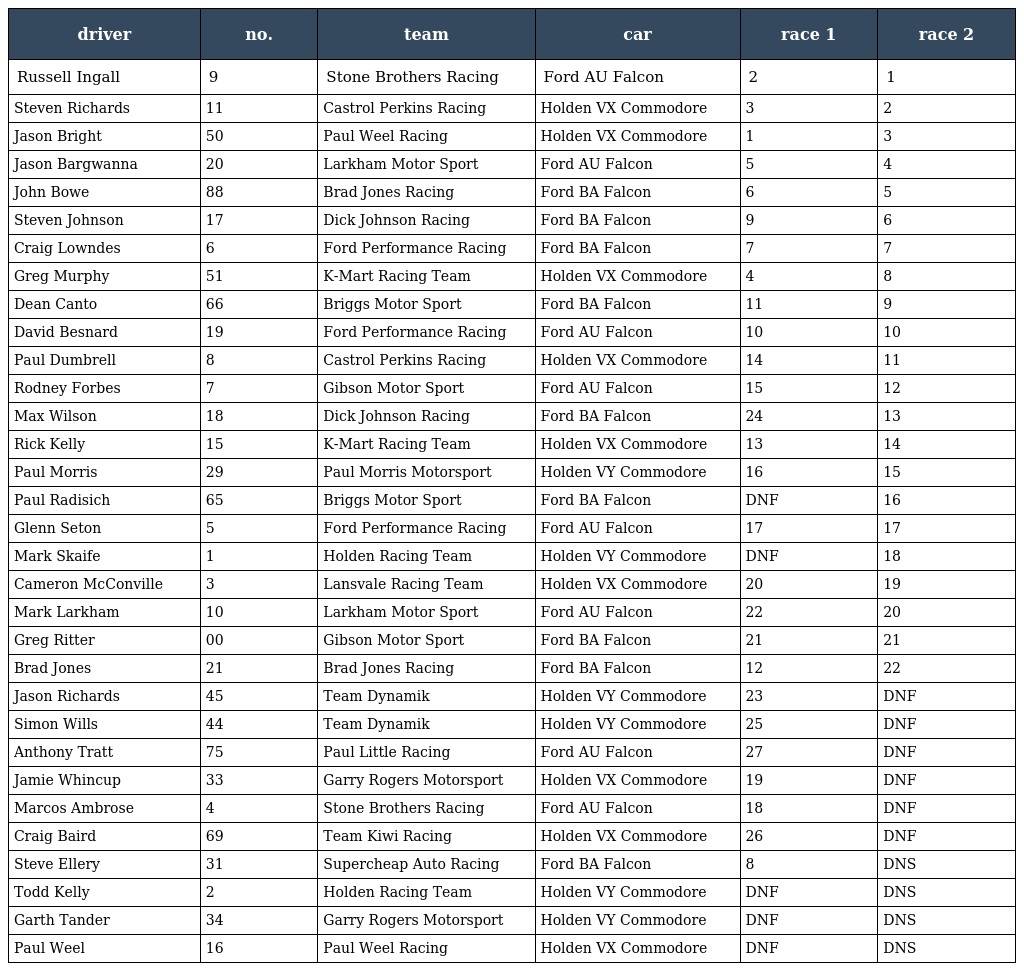
| driver | no. | team | car | race 1 | race 2 |
 | --- | --- | --- | --- | --- | --- |
 | Russell Ingall | 9 | Stone Brothers Racing | Ford AU Falcon | 2 | 1 |
 | Steven Richards | 11 | Castrol Perkins Racing | Holden VX Commodore | 3 | 2 |
 | Jason Bright | 50 | Paul Weel Racing | Holden VX Commodore | 1 | 3 |
 | Jason Bargwanna | 20 | Larkham Motor Sport | Ford AU Falcon | 5 | 4 |
 | John Bowe | 88 | Brad Jones Racing | Ford BA Falcon | 6 | 5 |
 | Steven Johnson | 17 | Dick Johnson Racing | Ford BA Falcon | 9 | 6 |
 | Craig Lowndes | 6 | Ford Performance Racing | Ford BA Falcon | 7 | 7 |
 | Greg Murphy | 51 | K-Mart Racing Team | Holden VX Commodore | 4 | 8 |
 | Dean Canto | 66 | Briggs Motor Sport | Ford BA Falcon | 11 | 9 |
 | David Besnard | 19 | Ford Performance Racing | Ford AU Falcon | 10 | 10 |
 | Paul Dumbrell | 8 | Castrol Perkins Racing | Holden VX Commodore | 14 | 11 |
 | Rodney Forbes | 7 | Gibson Motor Sport | Ford AU Falcon | 15 | 12 |
 | Max Wilson | 18 | Dick Johnson Racing | Ford BA Falcon | 24 | 13 |
 | Rick Kelly | 15 | K-Mart Racing Team | Holden VX Commodore | 13 | 14 |
 | Paul Morris | 29 | Paul Morris Motorsport | Holden VY Commodore | 16 | 15 |
 | Paul Radisich | 65 | Briggs Motor Sport | Ford BA Falcon | DNF | 16 |
 | Glenn Seton | 5 | Ford Performance Racing | Ford AU Falcon | 17 | 17 |
 | Mark Skaife | 1 | Holden Racing Team | Holden VY Commodore | DNF | 18 |
 | Cameron McConville | 3 | Lansvale Racing Team | Holden VX Commodore | 20 | 19 |
 | Mark Larkham | 10 | Larkham Motor Sport | Ford AU Falcon | 22 | 20 |
 | Greg Ritter | 00 | Gibson Motor Sport | Ford BA Falcon | 21 | 21 |
 | Brad Jones | 21 | Brad Jones Racing | Ford BA Falcon | 12 | 22 |
 | Jason Richards | 45 | Team Dynamik | Holden VY Commodore | 23 | DNF |
 | Simon Wills | 44 | Team Dynamik | Holden VY Commodore | 25 | DNF |
 | Anthony Tratt | 75 | Paul Little Racing | Ford AU Falcon | 27 | DNF |
 | Jamie Whincup | 33 | Garry Rogers Motorsport | Holden VX Commodore | 19 | DNF |
 | Marcos Ambrose | 4 | Stone Brothers Racing | Ford AU Falcon | 18 | DNF |
 | Craig Baird | 69 | Team Kiwi Racing | Holden VX Commodore | 26 | DNF |
 | Steve Ellery | 31 | Supercheap Auto Racing | Ford BA Falcon | 8 | DNS |
 | Todd Kelly | 2 | Holden Racing Team | Holden VY Commodore | DNF | DNS |
 | Garth Tander | 34 | Garry Rogers Motorsport | Holden VY Commodore | DNF | DNS |
 | Paul Weel | 16 | Paul Weel Racing | Holden VX Commodore | DNF | DNS |